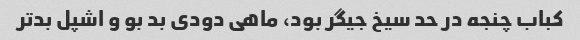
کباب چنجه در حد سیخ جیگر بود، ماهی دودی بد بو و اشپل بدتر